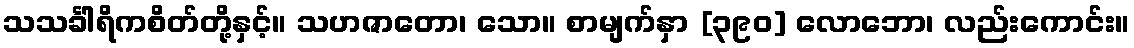
သသင်္ခါရိကစိတ်တို့နှင့်။ သဟဇာတော၊ သော။ စာမျက်နှာ [၃၉၀] လောဘော၊ လည်းကောင်း။